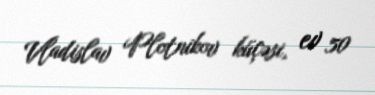
Vladislav Plotnikov küçəsi, ev 50